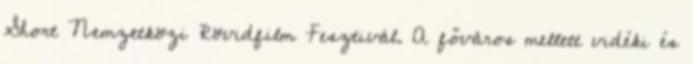
Short Nemzetközi Rövidfilm Fesztivál. A főváros mellett vidéki és